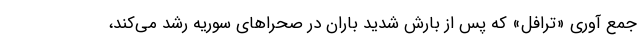
جمع آوری «ترافل» که پس از بارش شدید باران در صحراهای سوریه رشد می‌کند،